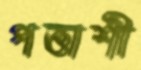
পত্তাশী